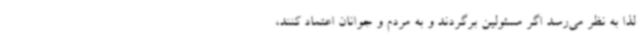
لذا به نظر می‌رسد اگر مسئولین برگردند و به مردم و جوانان اعتماد کنند،